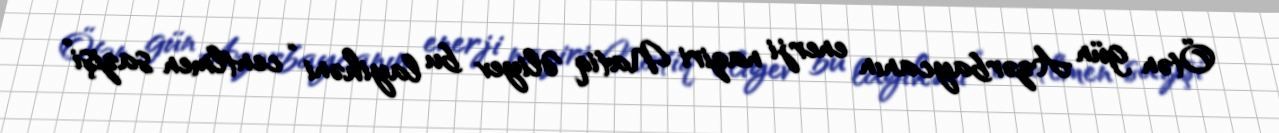
Ötən gün Azərbaycanın enerji naziri Natiq Əliyev bu layihəni “centlmen sazişi”